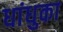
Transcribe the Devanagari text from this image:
धांधुका